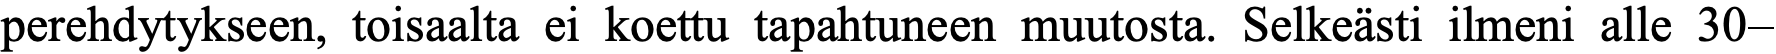
perehdytykseen, toisaalta ei koettu tapahtuneen muutosta. Selkeästi ilmeni alle 30–